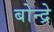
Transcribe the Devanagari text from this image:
बोन्द्रे